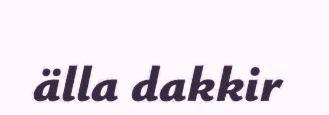
älla dakkir